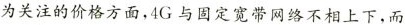
为关注的价格方面，4G与固定宽带网络不相上下，而